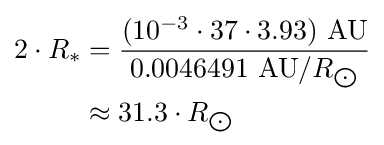
{\begin{aligned}2\cdot R_{*}&={\frac {(10^{-3}\cdot 37\cdot 3.93)\ {\text{AU}}}{0.0046491\ {\text{AU}}/R_{\bigodot }}}\\&\approx 31.3\cdot R_{\bigodot }\end{aligned}}